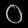
Digit: ၀